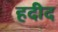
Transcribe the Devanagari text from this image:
हदीद